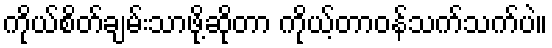
ကိုယ်စိတ်ချမ်းသာဖို့ဆိုတာ ကိုယ့်တာဝန်သက်သက်ပဲ။